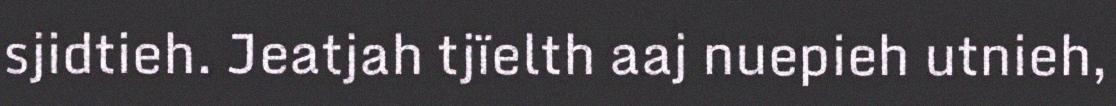
sjidtieh. Jeatjah tjïelth aaj nuepieh utnieh,